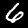
Digit: 6